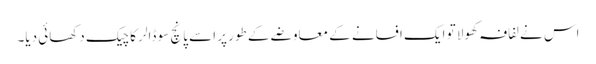
اس نے لفافہ کھولا تو ایک افسانے کے معاوضے کے طور پر اسے پانچ سو ڈالر کا چیک دکھائی دیا۔